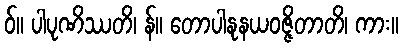
ဝ်။ ပါပုဏိဿတိ၊ န်။ တောပါနုနယဝဇ္ဇိတာတိ၊ ကား။